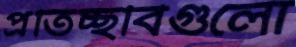
প্রতিচ্ছবিগুলো